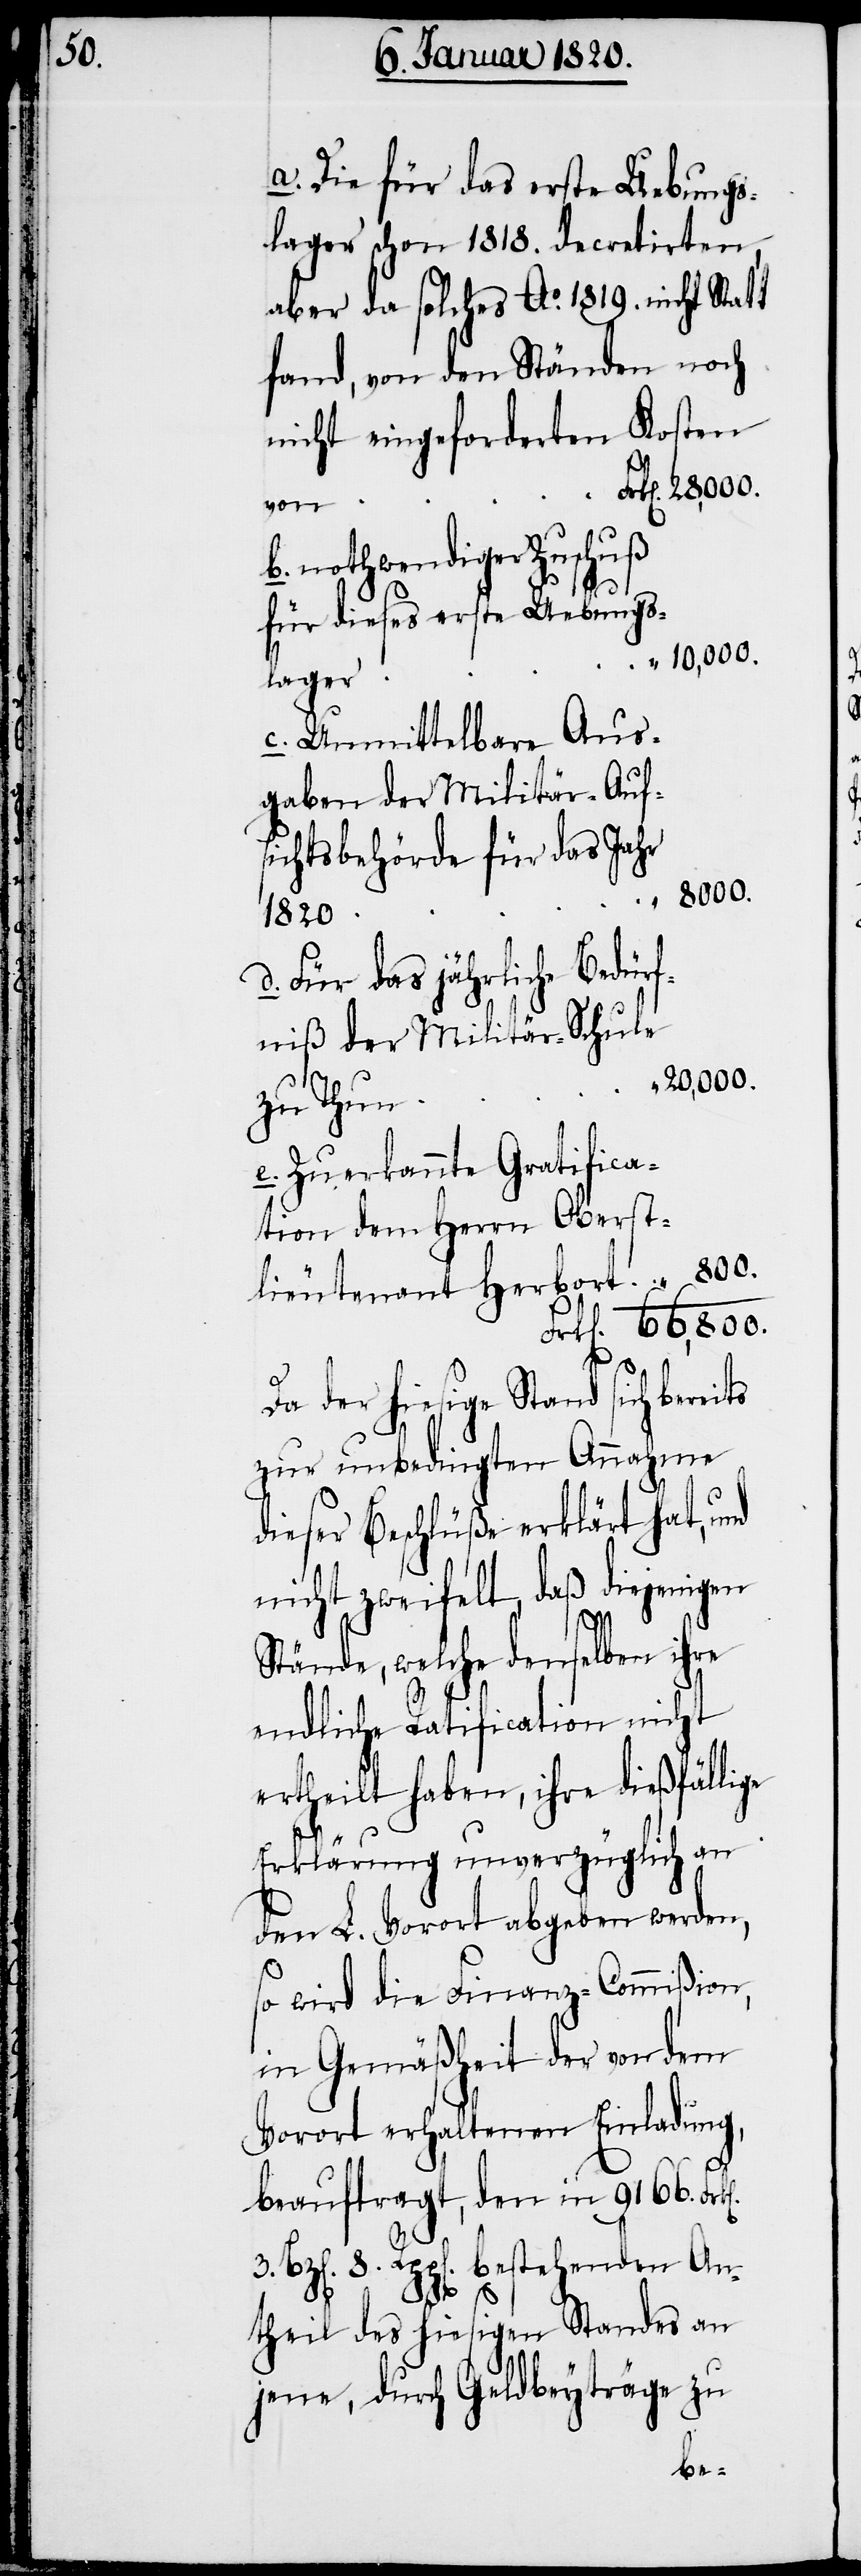
a. Die für das erste Uebungs¬
lager schon 1818. decretirten,
aber da solches Ao. 1819. nicht Statt
fand, von den Ständen noch
nicht eingeforderten Kosten
von
b. nothwendiger Zuschuß
für dieses erste Uebungs¬
66,800.
lager
c. Unmittelbare Aus¬
gaben der Militär-Aufs¬
ichtsbehörde für das Jahr
„ 800.
1820.
d. Für das jährliche Bedürf¬
niß der Militär-Schule
„ 20,000.
zu Thun
e. Zuerkannte Gratifica¬
tion dem Herrn Oberst¬
lieutenant Herbort
Da der hiesige Stand sich berei¬
zur unbedingten Annahme
dieser Beschlüße erklärt hat, und
nicht zweifelt, daß diejenigen
Stände, welche denselben ihre
endliche Ratification nicht
ertheilt haben, ihre dießfällige
ts
Erklärung unverzüglich an
den L. Vorort abgeben werden,
so wird die Finanz-Commißion,
in Gemäßheit der von dem
Vorort erhaltenen Einladung,
beauftragt, den in 9166.
8. Rpp[en]. bestehenden An¬
theil des hiesigen Standes an
jene, durch Geldbeyträge zu